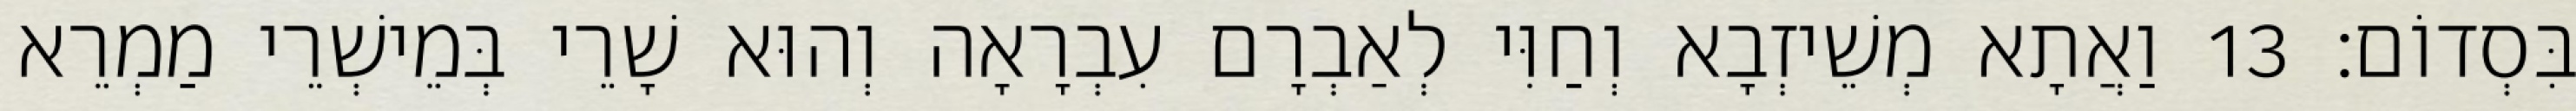
בִּסְדוֹם׃ 13 וַאֲתָא מְשֵׁיזְבָא וְחַוִּי לְאַבְרָם עִבְרָאָה וְהוּא שָׁרֵי בְּמֵישְׁרֵי מַמְרֵא